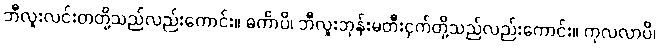
ဘီလူးလင်းတတို့သည်လည်းကောင်း။ ဓင်္ကာပိ၊ ဘီလူးဘုန်းမတီးငှက်တို့သည်လည်းကောင်း။ ကုလလာပိ၊